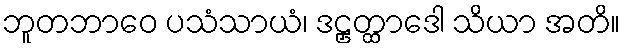
ဘူတဘာဝေ ပသံသာယံ၊ ဒဠှတ္ထာဒေါ သိယာ အတိ။